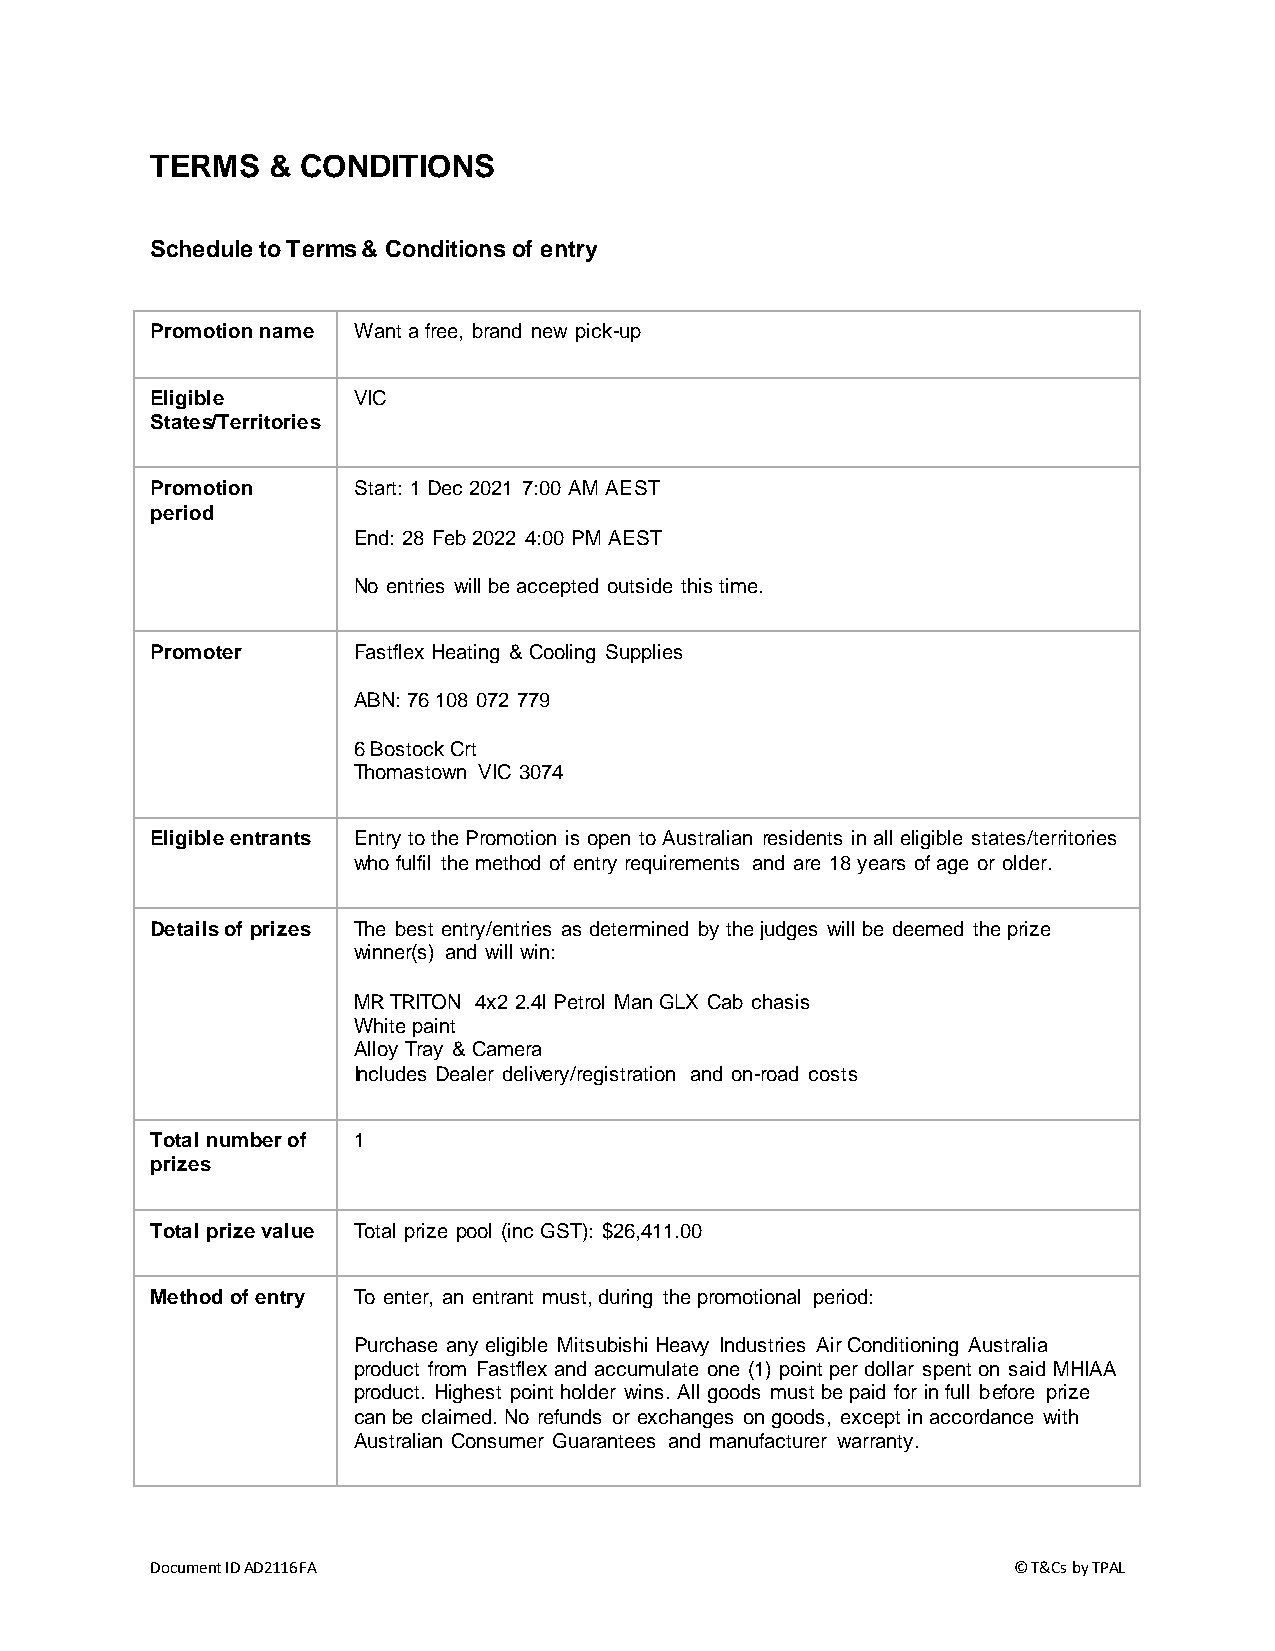
TERMS   & CONDITIONS
 Schedule to Terms & Conditions of entry
 Promotion name Want a free, brand new pick-up
 Eligible     VIC
 States/Territories
 Promotion    Start: 1 Dec 2021 7:00 AM AEST
 period
 End: 28 Feb 2022 4:00 PM AEST
 No entries will be accepted outside this time.
 Promoter     Fastflex Heating & Cooling Supplies
 ABN: 76 108 072 779
 6 Bostock Crt
 Thomastown VIC 3074
 Eligible entrants Entry to the Promotion is open to Australian residents in all eligible states/territories
 who fulfil the method of entry requirements and are 18 years of age or older.
 Details of prizes The best entry/entries as determined by the judges will be deemed the prize
 winner(s) and will win:
 MR TRITON 4x2 2.4l Petrol Man GLX Cab chasis
 White paint
 Alloy Tray & Camera
 Includes Dealer delivery/registration and on-road costs
 Total number of 1
 prizes
 Total prize value Total prize pool (inc GST): $26,411.00
 Method of entry To enter, an entrant must, during the promotional period:
 Purchase any eligible Mitsubishi Heavy Industries Air Conditioning Australia
 product from Fastflex and accumulate one (1) point per dollar spent on said MHIAA
 product. Highest point holder wins. All goods must be paid for in full before prize
 can be claimed. No refunds or exchanges on goods, except in accordance with
 Australian Consumer Guarantees and manufacturer warranty.
 Document ID AD2116FA                                     © T&Cs by TPAL